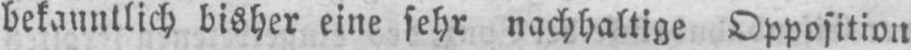
bekanntlich bisher eine sehr nachhaltige Opposition